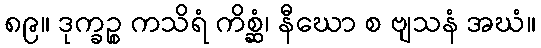
၈၉။ ဒုက္ခဉ္စ ကသိရံ ကိစ္ဆံ၊ နီဃော စ ဗျသနံ အဃံ။